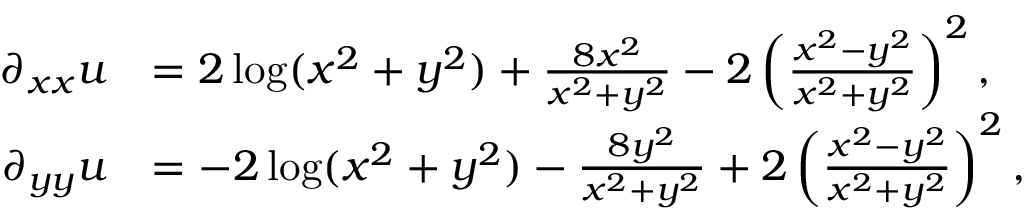
\begin{array} { r l } { \partial _ { x x } u } & { = 2 \log ( x ^ { 2 } + y ^ { 2 } ) + \frac { 8 x ^ { 2 } } { x ^ { 2 } + y ^ { 2 } } - 2 \left( \frac { x ^ { 2 } - y ^ { 2 } } { x ^ { 2 } + y ^ { 2 } } \right) ^ { 2 } , } \\ { \partial _ { y y } u } & { = - 2 \log ( x ^ { 2 } + y ^ { 2 } ) - \frac { 8 y ^ { 2 } } { x ^ { 2 } + y ^ { 2 } } + 2 \left( \frac { x ^ { 2 } - y ^ { 2 } } { x ^ { 2 } + y ^ { 2 } } \right) ^ { 2 } , } \end{array}